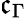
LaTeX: \mathfrak{c}_{\Gamma}